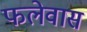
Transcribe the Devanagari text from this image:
फलेवास